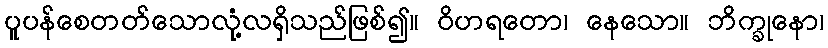
ပူပန်စေတတ်သောလုံ့လရှိသည်ဖြစ်၍။ ဝိဟရတော၊ နေသော။ ဘိက္ခုနော၊